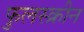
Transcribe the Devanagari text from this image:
फुलस्क्रीन